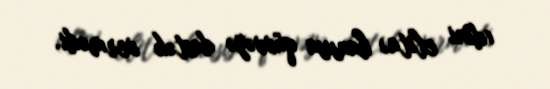
(dini elita) hansısa qüvvəyə dəstək vermədi.